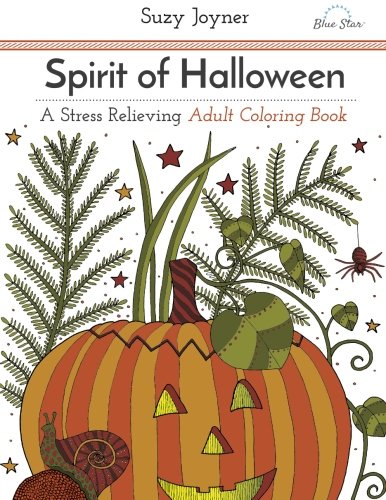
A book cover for Spirit of Halloween: A Stress Relieving Adult Coloring Book; Blue Star Coloring; Humor & Entertainment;